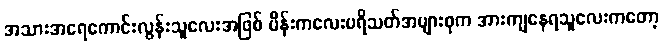
အသားအရေကောင်းလွန်းသူလေးအဖြစ် မိန်းကလေးပရိသတ်အများစုက အားကျနေရသူလေးကတော့